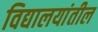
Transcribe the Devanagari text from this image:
विद्यालयांतील